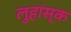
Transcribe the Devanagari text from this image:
लुहांस्क